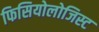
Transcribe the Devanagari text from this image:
फिसियोलोजिस्ट